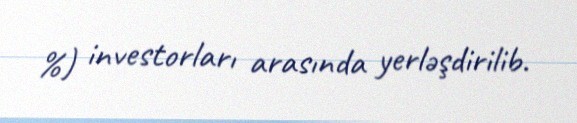
%) investorları arasında yerləşdirilib.